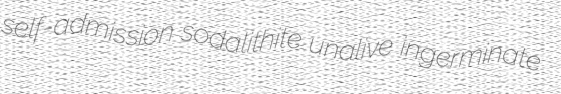
self-admission sodalithite unalive ingerminate